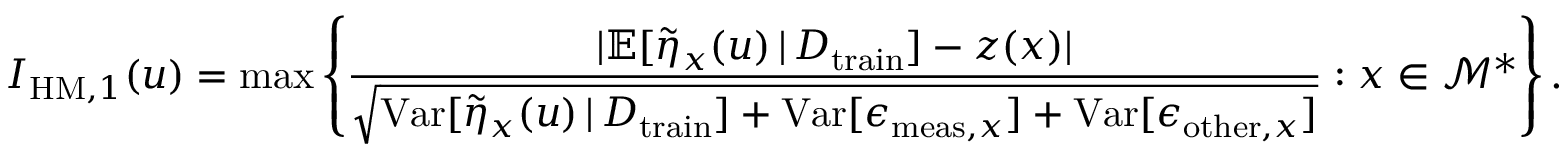
I _ { \mathrm { H M } , 1 } ( u ) = \operatorname* { m a x } \left\{ \frac { \lvert \mathbb { E } [ \Tilde { \eta } _ { x } ( u ) \, \vert \, D _ { \mathrm { t r a i n } } ] - z ( x ) \rvert } { \sqrt { \mathrm { V a r } [ \Tilde { \eta } _ { x } ( u ) \, \vert \, D _ { \mathrm { t r a i n } } ] + \mathrm { V a r } [ \epsilon _ { \mathrm { m e a s } , x } ] + \mathrm { V a r } [ \epsilon _ { \mathrm { o t h e r } , x } ] } } : x \in \mathcal { M } ^ { * } \right\} .